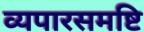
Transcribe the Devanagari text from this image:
व्यपारसमष्टि